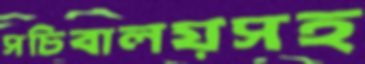
সচিবালয়সহ